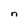
Character: n